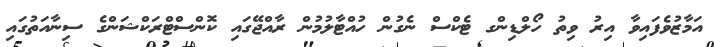
އަމާޒުވެފައިވާ އިރު ވިތު ހޯލްޑިންގ ޓެކްސް ނެގުން ހުއްޓާލުމުން ރާއްޖޭގައި ކޮންސްޓްރަކްޝަންގެ ސިނާއަތުގައި